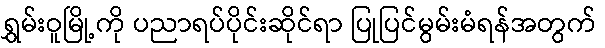
ရွှမ်းဝူမြို့ကို ပညာရပ်ပိုင်းဆိုင်ရာ ပြုပြင်မွမ်းမံရန်အတွက်